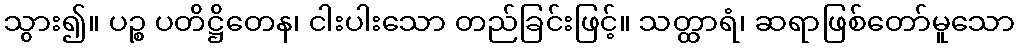
သွား၍။ ပဉ္စ ပတိဋ္ဌိတေန၊ ငါးပါးသော တည်ခြင်းဖြင့်။ သတ္ထာရံ၊ ဆရာဖြစ်တော်မူသော